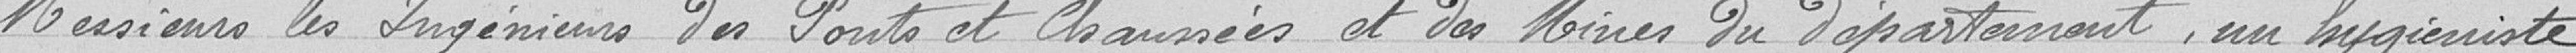
Messieurs les Ingénieurs des Ponts et Chaussées et des Mines du département, un hygiéniste